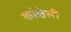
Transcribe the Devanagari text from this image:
कांक्षेसी